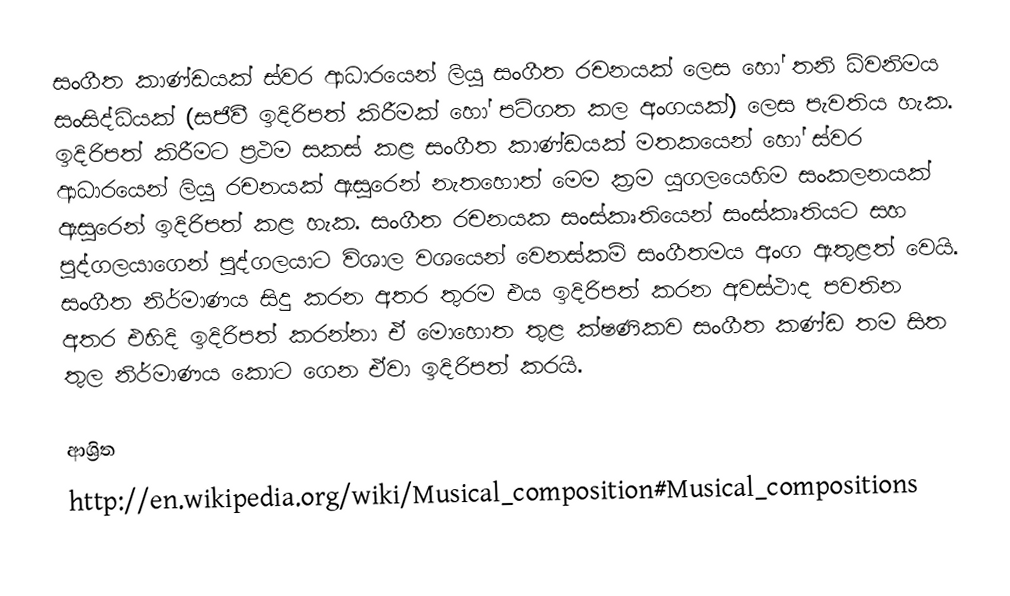
සංගීත කාණ්ඩයක් ස්වර ආධාරයෙන් ලියු සංගීත රචනයක් ලෙස හෝ තනි ධ්වනිමය සංසිද්ධියක් (සජිවී ඉදිරිපත් කිරීමක් හෝ පටිගත කල අංගයක්) ලෙස පැවතිය හැක. ඉදිරිපත් කිරීමට ප්‍රථම සකස් කළ සංගීත කාණ්ඩයක් මතකයෙන් හෝ ස්වර ආධාරයෙන් ලියු රචනයක් ඇසුරෙන් නැතහොත් මෙම ක්‍රම යුගලයෙහිම සංකලනයක් ඇසුරෙන් ඉදිරිපත් කළ හැක. සංගීත රචනයක සංස්කෘතියෙන් සංස්කෘතියට සහ පුද්ගලයාගෙන් පුද්ගලයාට විශාල වශයෙන් වෙනස්කම් සංගීතමය අංග ඇතුළත් වෙයි. සංගීත නිර්මාණය සිදු කරන අතර තුරම එය ඉදිරිපත් කරන අවස්ථාද පවතින අතර එහිදි ඉදිරිපත් කරන්නා ඒ මෙ‍‍ාහොත තුළ ක්ෂණිකව සංගීත කණ්ඩ තම සිත තුල නිර්මාණය කොට ගෙන ඒවා ඉදිරිපත් කරයි.

ආශ්‍රිත
http://en.wikipedia.org/wiki/Musical_composition#Musical_compositions